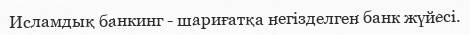
Исламдық банкинг - шариғатқа негізделген банк жүйесі.